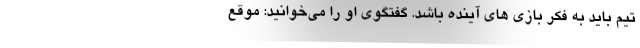
تیم باید به فکر بازی های آینده باشد. گفتگوی او را می‌خوانید: موقع